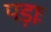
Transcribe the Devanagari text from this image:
पड़ाः